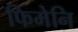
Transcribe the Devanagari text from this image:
फिमेनि